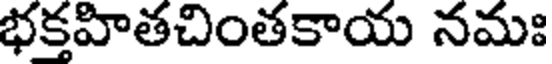
భకహితచింతకాయ నమః